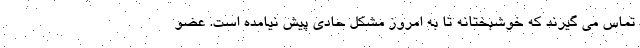
تماس می گیرند که خوشبختانه تا به امروز مشکل حادی پیش نیامده است. عضو